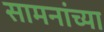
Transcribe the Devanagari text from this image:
सामनांच्या